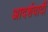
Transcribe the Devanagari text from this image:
आदर्शवादीें